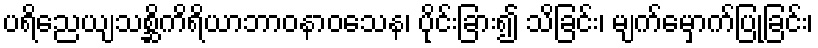
ပရိညေယျသစ္ဆိကိရိယာဘာဝနာဝသေန၊ ပိုင်းခြား၍ သိခြင်း၊ မျက်မှောက်ပြုခြင်း၊